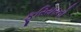
ફૂરિયરનો